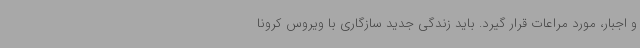
و اجبار، مورد مراعات قرار گیرد. باید زندگی جدید سازگاری با ویروس کرونا